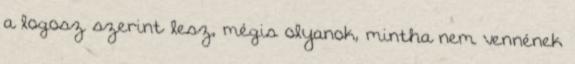
a logosz szerint lesz, mégis olyanok, mintha nem vennének